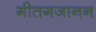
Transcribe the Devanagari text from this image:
गीतगजानन